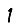
Digit: 1